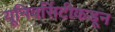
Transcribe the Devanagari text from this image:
यूनिवर्सिटीकडून